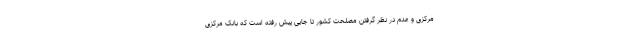
مرکزی و عدم در نظر گرفتن مصلحت کشور تا جایی پیش رفته است که بانک مرکزی